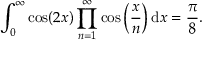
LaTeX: \int _ { 0 } ^ { \infty } \cos ( 2 x ) \prod _ { n = 1 } ^ { \infty } \cos \left( { \frac { x } { n } } \right) \mathrm { d } x = { \frac { \pi } { 8 } } .